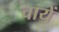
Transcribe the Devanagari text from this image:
चायें